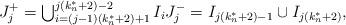
LaTeX: \begin{align*}J_j^+ = \textstyle\bigcup_{i = (j-1)(k^*_n +2) +1}^{j(k^*_n+2)-2}I_i J_j^- = I_{j(k^*_n +2)-1} \cup I_{j(k^*_n+2)},\end{align*}